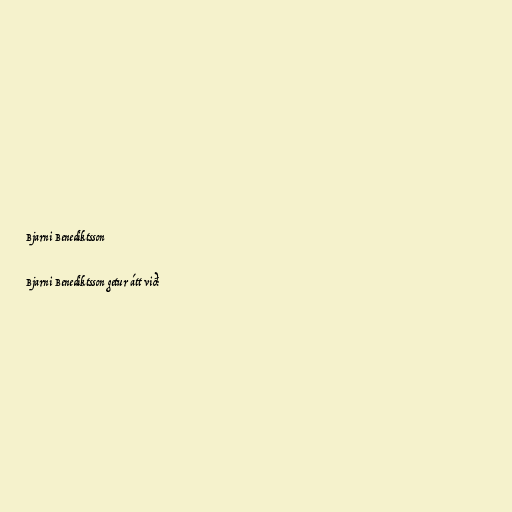
Bjarni Benediktsson

Bjarni Benediktsson getur átt við: